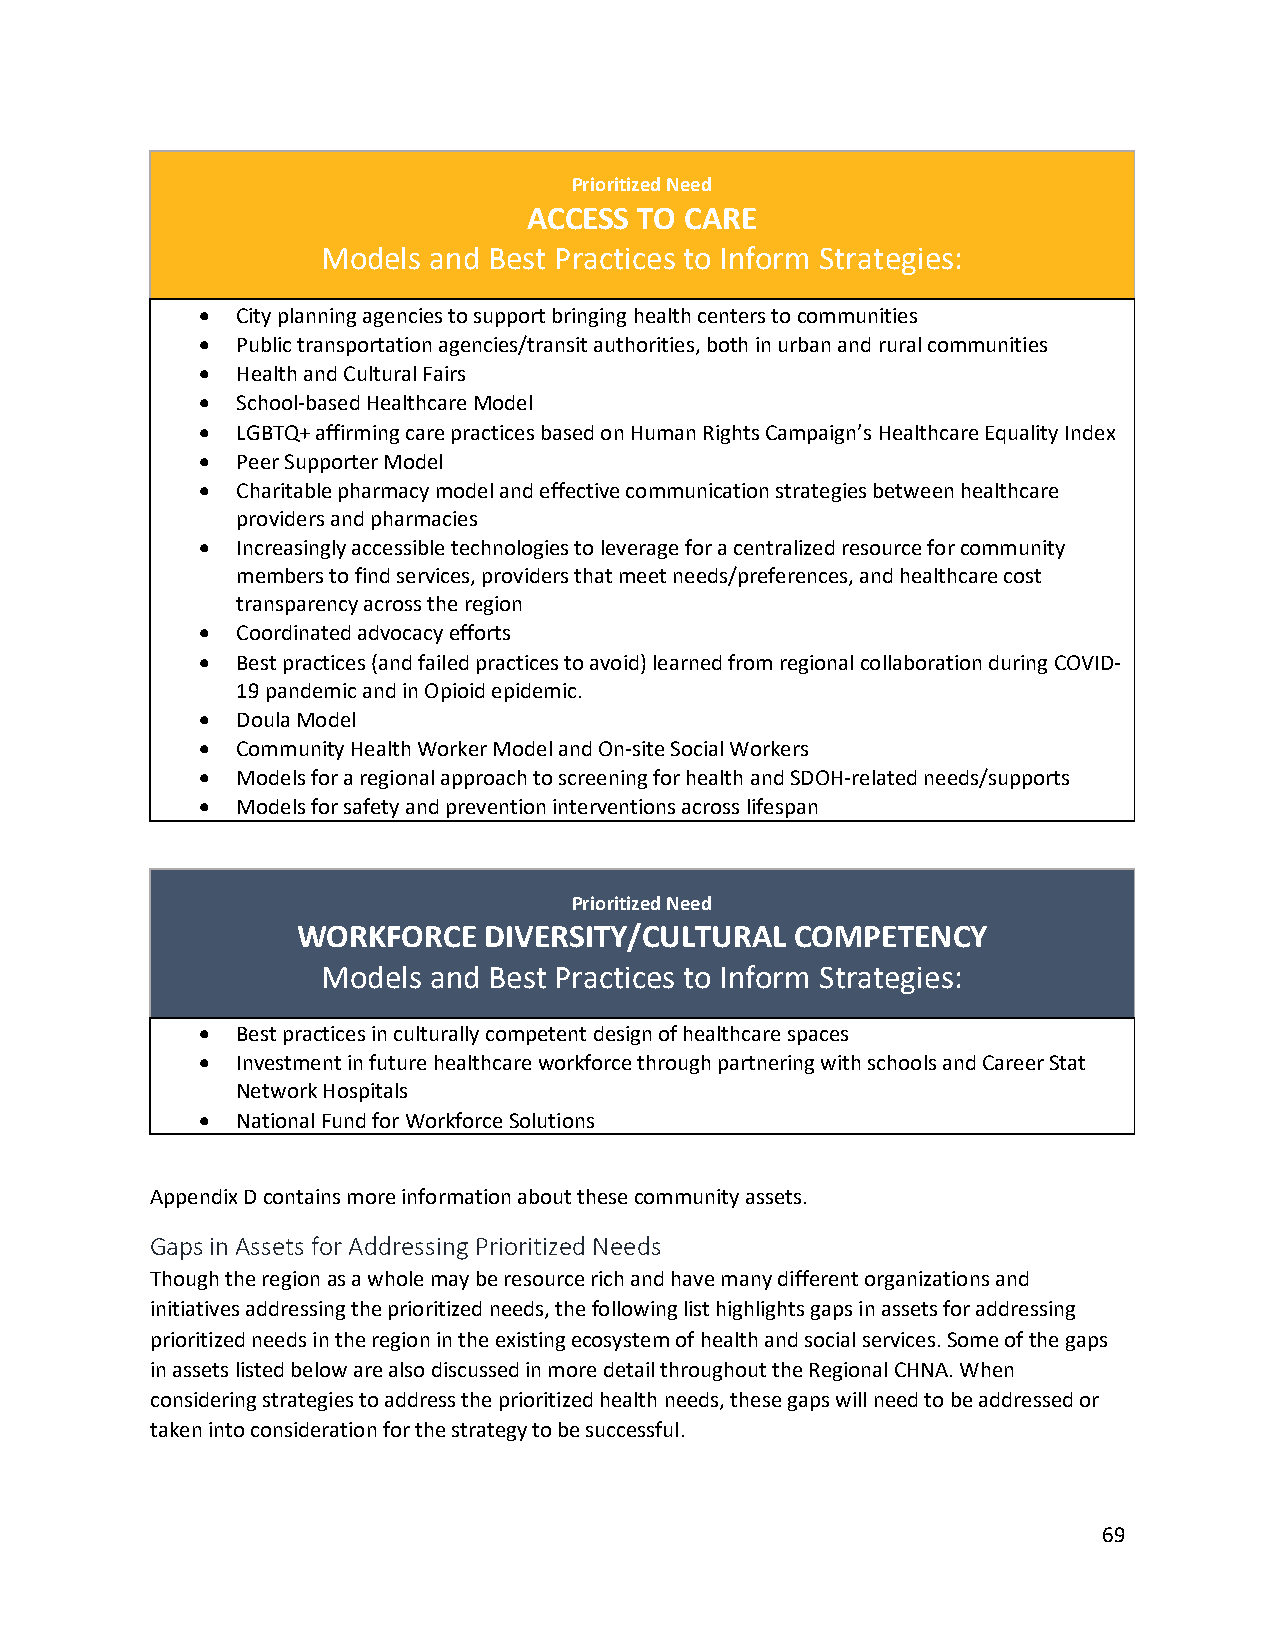
Prioritized Need
 ACCESS TO CARE
 Models and Best Practices to Inform Strategies:
 •  City planning agencies to support bringing health centers to communities
 •  Public transportation agencies/transit authorities, both in urban and rural communities
 •  Health and Cultural Fairs
 •  School-based Healthcare Model
 •  LGBTQ+ affirming care practices based on Human Rights Campaign’s Healthcare Equality Index
 •  Peer Supporter Model
 •  Charitable pharmacy model and effective communication strategies between healthcare
 providers and pharmacies
 •  Increasingly accessible technologies to leverage for a centralized resource for community
 members to find services, providers that meet needs/preferences, and healthcare cost
 transparency across the region
 •  Coordinated advocacy efforts
 •  Best practices (and failed practices to avoid) learned from regional collaboration during COVID-
 19 pandemic and in Opioid epidemic.
 •  Doula Model
 •  Community Health Worker Model and On-site Social Workers
 •  Models for a regional approach to screening for health and SDOH-related needs/supports
 •  Models for safety and prevention interventions across lifespan
 Prioritized Need
 WORKFORCE   DIVERSITY/CULTURAL   COMPETENCY
 Models and Best Practices to Inform Strategies:
 •  Best practices in culturally competent design of healthcare spaces
 •  Investment in future healthcare workforce through partnering with schools and Career Stat
 Network Hospitals
 •  National Fund for Workforce Solutions
 Appendix D contains more information about these community assets.
 Gaps in Assets for Addressing Prioritized Needs
 Though the region as a whole may be resource rich and have many different organizations and
 initiatives addressing the prioritized needs, the following list highlights gaps in assets for addressing
 prioritized needs in the region in the existing ecosystem of health and social services. Some of the gaps
 in assets listed below are also discussed in more detail throughout the Regional CHNA. When
 considering strategies to address the prioritized health needs, these gaps will need to be addressed or
 taken into consideration for the strategy to be successful.
 69